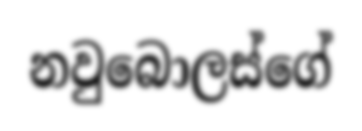
නවුබොලස්ගේ